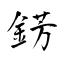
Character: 錺